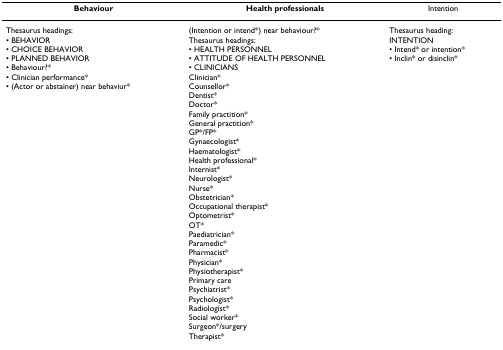
<table><thead><tr><td><b>Behaviour</b></td><td><b>Health professionals</b></td><td><b>Intention</b></td></tr></thead><tbody><tr><td>Thesaurus headings:• BEHAVIOR• CHOICE BEHAVIOR• PLANNED BEHAVIOR• Behaviour?*• Clinician performance*• (Actor or abstainer) near behaviur*</td><td>(Intention or intend*) near behaviour?*Thesaurus headings:• HEALTH PERSONNEL• ATTITUDE OF HEALTH PERSONNEL• CLINICIANSClinician*Counsellor*Dentist*Doctor*Family practition*General practition*GP*/FP*Gynaecologist*Haematologist*Health professional*Internist*Neurologist*Nurse*Obstetrician*Occupational therapist*Optometrist*OT*Paediatrician*Paramedic*Pharmacist*Physician*Physiotherapist*Primary carePsychiatrist*Psychologist*Radiologist*Social worker*Surgeon*/surgeryTherapist*</td><td>Thesaurus heading:INTENTION• Intend* or intention*• Inclin* or disinclin*</td></tr></tbody></table>